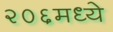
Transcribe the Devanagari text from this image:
२०६मध्ये